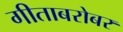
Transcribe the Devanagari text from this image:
गीताबरोबर